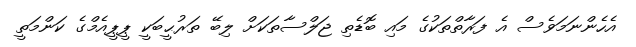
އެހެންނަމަވެސް އެ ފަރާތްތަކުގެ މައި ބޮޑެތި ޖަލްސާތަކަށް ލިބޭ ތަރުޙީބަކީ ޕީޕީއެމްގެ ކަންމަތީ